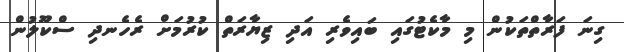
ގިނަ ފަރާތްތަކުން މި މާކެޓުގައި ބައިވެރި އަދި ޒިޔާރަތް ކުރުމަށް ރެހެނދި ސްކޫލުން